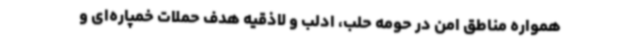
همواره مناطق امن در حومه حلب،‌ ادلب و لاذقیه هدف حملات خمپاره‌ای و